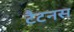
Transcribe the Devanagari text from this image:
टैटनस